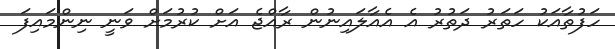
ހަފުތާއަކު ހަތަރު ދަތުރު އެ އެއާލައިނުން ރާއްޖެ އަށް ކުރުމަށް ވަނީ ނިންމައިފަ